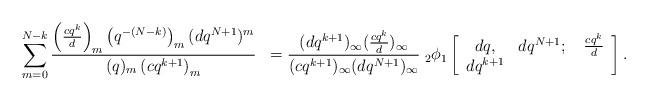
LaTeX: \begin{align*}&\sum_{m=0}^{N-k} \frac{\left(\frac{cq^{k}}{d} \right)_{m}\left( q^{-(N-k)} \right)_m(dq^{N+1})^m }{(q)_m\left(cq^{k+1}\right)_{m} }&=\frac{(dq^{k+1})_{\infty}(\frac{cq^{k}}{d})_{\infty}}{(cq^{k+1})_{\infty}(dq^{N+1})_{\infty}}\;_{2}\phi_{1}\left[\begin{array}{ccc} dq,&dq^{N+1};\; &\frac{cq^k}{d} \\dq^{k+1}& \end{array}\right].\end{align*}